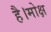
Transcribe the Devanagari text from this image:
है।मोक्ष